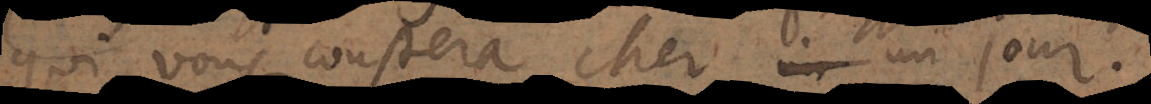
qui vous coustera cher un jour.